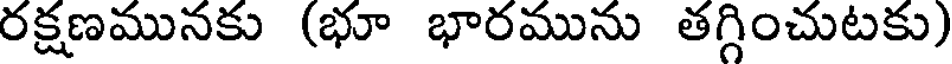
రక్షణమునకు (భూ భారమును తగ్గించుటకు)